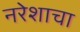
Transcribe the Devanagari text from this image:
नरेशाचा